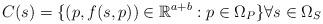
LaTeX: \begin{align*} C(s) = \{(p, f(s,p)) \in \mathbb{R}^{a+b} : p \in \Omega_P\} \forall s \in \Omega_S\end{align*}